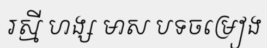
រស្មី ហង្ស មាស បទចម្រៀង